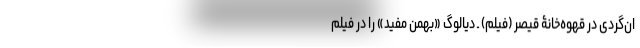
ان‌گردی در قهوه‌خانۀ قیصر (فیلم) ـ دیالوگ «بهمن مفید» را در فیلم